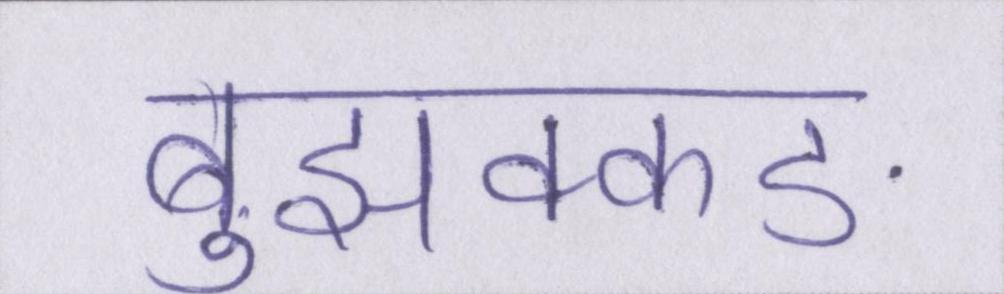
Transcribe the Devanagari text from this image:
बुझक्कङ